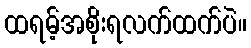
ထရမ့်အစိုးရလက်ထက်ပဲ။